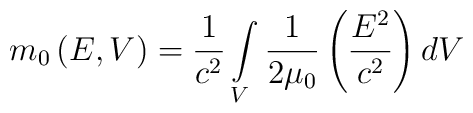
m_{0}\left(E,V\right) = \frac{1}{c^2} \int\limits_{V}\frac{1}{2\mu_{0}}\left(\frac{E^{2}}{c^{2}}\right)dV